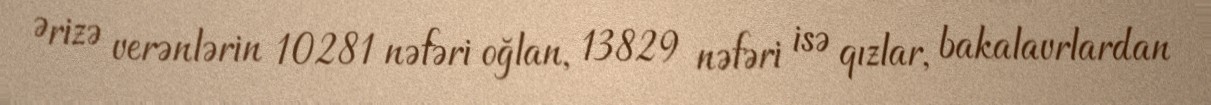
Ərizə verənlərin 10281 nəfəri oğlan, 13829 nəfəri isə qızlar, bakalavrlardan